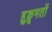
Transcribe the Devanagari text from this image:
हुक़ूमतों